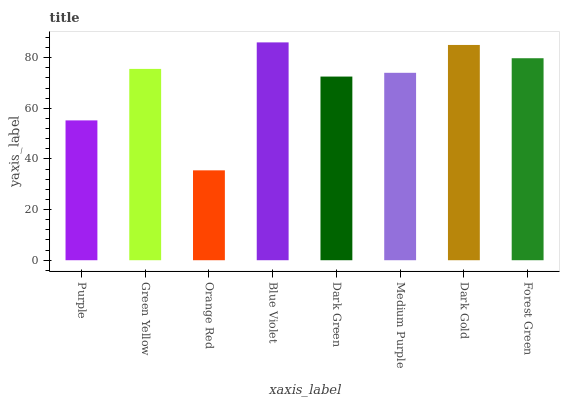
| xaxis_label | bars |
 | --- | --- |
 | Purple | 55.2 |
 | Green Yellow | 75.6 |
 | Orange Red | 35.5 |
 | Blue Violet | 86 |
 | Dark Green | 72.5 |
 | Medium Purple | 74 |
 | Dark Gold | 85 |
 | Forest Green | 79.8 |